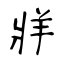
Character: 牂